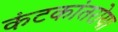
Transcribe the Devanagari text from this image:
कंटकांतरोया